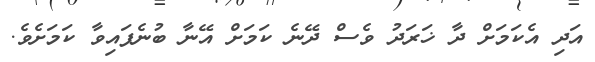
އަދި އެކަމަށް ދާ ޚަރަދު ވެސް ދޭނެ ކަމަށް އޭނާ ބުނެފައިވާ ކަމަށެވެ.